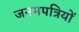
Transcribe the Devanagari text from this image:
जनमपत्रियों